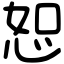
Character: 恕